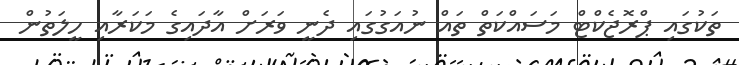
ތަކުގައި ޕްރޮޖެކްޓް މަސައްކަތް ތައް ނުއަގުގައި ދެނީ ވަރަށް އާދައިގެ މަކަރާއި ހީލަތުން